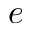
e